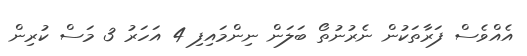
އެއްވެސް ފަރާތަކުން ނެރުނުތޯ ބަލަން ނިންމައިފި 4 އަހަރު 3 މަސް ކުރިން